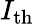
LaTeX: I_{\mathrm{th}}